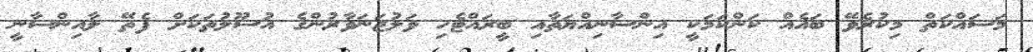
މަސައްކަތް މިކުރެވޭ ބައެއް ކަންކަމަކީ އިންސާނިއްޔަތާއި ބީރައްޓެހި ވަލުޖަނަވާރުންގެ އުސޫލުތަކަށް ފެތޭ ލާއިންސާނީ